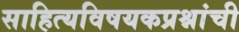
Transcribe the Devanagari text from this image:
साहित्यविषयकप्रश्नांची